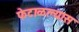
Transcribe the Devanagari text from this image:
फेटाळल्यास